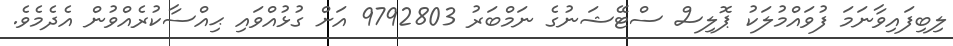
ލިބިފައިވާނަމަ ފުވައްމުލަކު ޕޮލިސް ސްޓޭޝަނުގެ ނަމްބަރު 9792803 އަށް ގުޅުއްވައި ޙިއްސާކުރެއްވުން އެދެމެވެ.